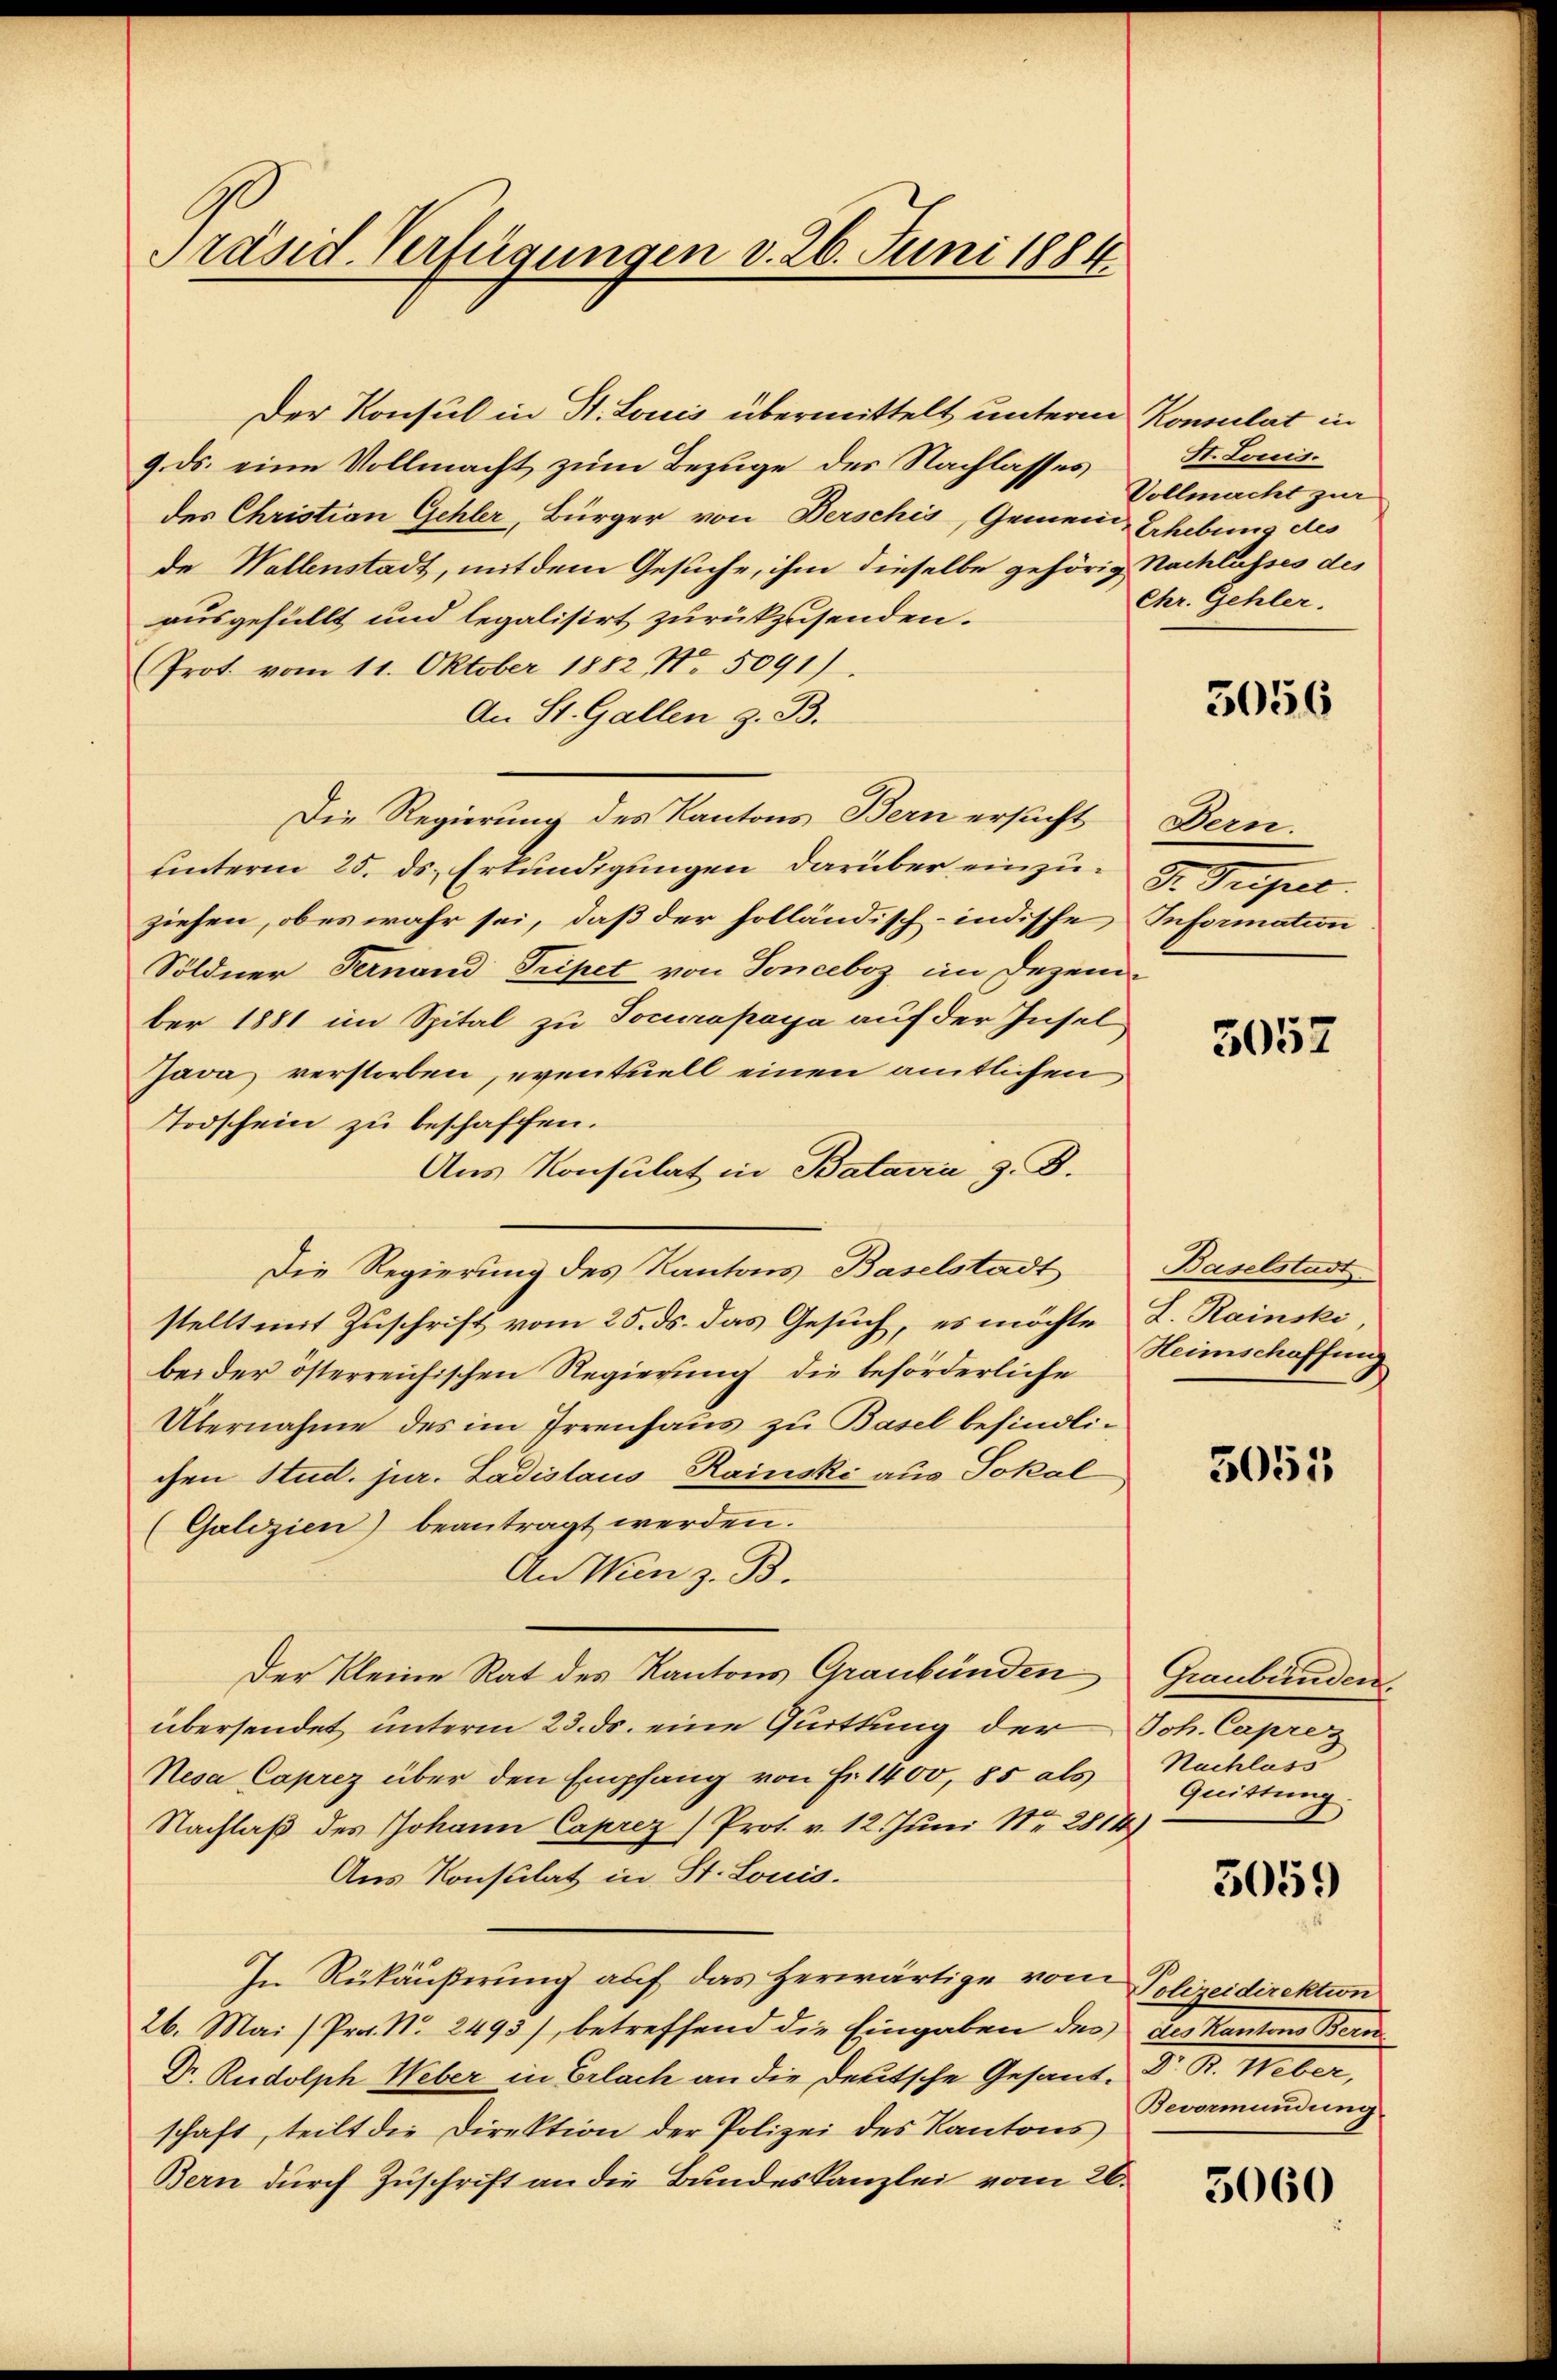
Präsid. Verfügungen v. 26. Juni 1884

Der Konsul in St. Louis übermittelt unterm Konsulat in
9. ds. eine Vollmacht zum Bezuge des Nachlasses
des Christian Gehler, Bürger von Berschis, Gemein Erhebung des
de Wallenstadt, mit dem Gesuche, ihm dieselbe gehörig Nachlusses des
ausgefüllt und legalisirt zurückzusenden.
Prot. vom 11. Oktober 1882 No 5091).
An St. Gallen z. B.
Die Regierung des Kantons Bern ersucht
unterm 25. ds. Erkundigungen darüber einzuziehen, ob es wahr sei, daß der holländisch-indische Information
Söldner Fernand Tripet von Sonceboz im Dezem-
ber 1881 im Spital zu Tocurapaya auf der Insel
Java verstorben, eventuell einen amtlichen,
Todschein zu beschaffen.
Aus Konsulat in Bataria z. B.
Die Regierung des Kantons Baselstadt
stellt mit Zuschrift vom 25. ds. das Gesuch, es möchte
bei der österreichischen Regierung die beförderliche
Übernahme des im Irrenhaus zu Basel befindlichen Stud. jur. Ladislaus Rainski aus Lokal
(Galizien) beantragt werden.
An Wien z. B.
Der Kleine Rat des Kantons Graubünden
übersendet unterm 23. ds. eine Quittung der Joh. Caprez
Nesa Caprez über den Empfang von Fr. 1400, 85 als
Nachlaß des Johann Caprez) Prot. v. 12. Juni Nr. 2814)
Aus Konsulat in St. Louis.
In Rükäußerung auf das herwärtige von Polizeidirektion
26. Mai (Pro. No. 2493), betreffend die Eingaben des des Kantons Bern
Dr. Rudolph Weber in Erlach an die deutsche Gesand- Dr. R. Weber,
schaft, teilt die Direktion der Polizei des Kantons
Bern durch Zuschrift an die Bundeskanzlei vom 20.

St. Louis.
Vollmacht zur
Chr. Gehler.

3056

Bern.
Gr. Priserl.

5057

Baselstadt
L. Rainski,
Heimschaffung

5055

Graubünden.
Nachlass
Quittung.

5059

Bevormundung

3060